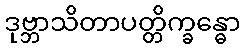
ဒုဗ္ဘာသိတာပတ္တိက္ခန္ဓော